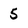
Character: 5